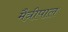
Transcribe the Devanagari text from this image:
मैत्रीपाल